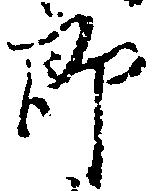
郎